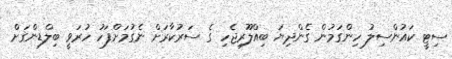
ސިޓީ ކައުންސިލު ހިންގަމުން ގެންދިޔަ ބިއްލޫރިޖެހި ގެ ސަރުކާރަށް ނެގުމަށްފަހު ހުރަވީ ބިލްޑިންގަށް